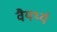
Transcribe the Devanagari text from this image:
वैयर्थ्य